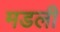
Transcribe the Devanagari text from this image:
मडली